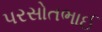
પરસોતભાઈ